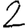
Digit: 2